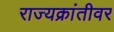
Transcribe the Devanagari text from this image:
राज्यक्रांतीवर